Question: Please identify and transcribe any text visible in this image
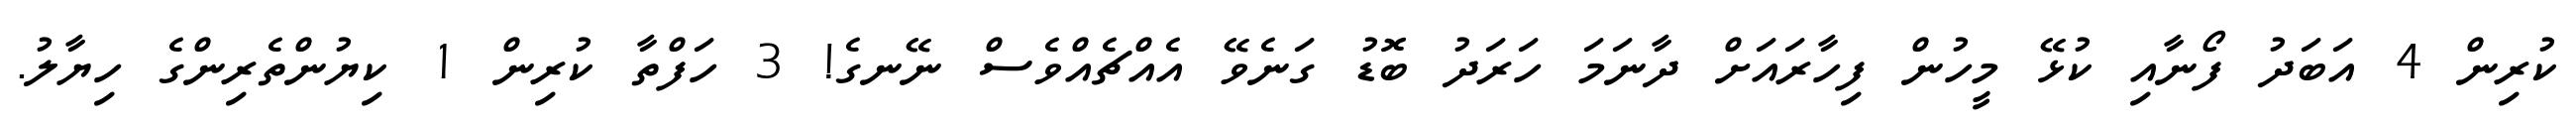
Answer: ކުރިން 4 އަބަދު ފޯނާއި ކުޅޭ މީހުން ފިހާރައަށް ދާނަމަ ހަރަދު ބޮޑު ގަނެވޭ އެއްޗެއްވެސް ނޭނގެ! 3 ހަފްތާ ކުރިން 1 ކިޔުންތެރިންގެ ހިޔާލު.